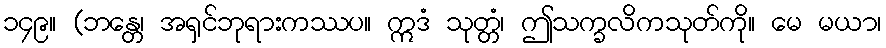
၁၄၉။ (ဘန္တေ၊ အရှင်ဘုရားကဿပ။ ဣဒံ သုတ္တံ၊ ဤသက္ခလိကသုတ်ကို။ မေ မယာ၊